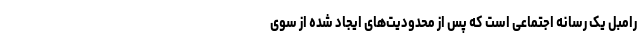
رامبل یک رسانه اجتماعی ‌است که پس از محدودیت‌های ایجاد شده از سوی